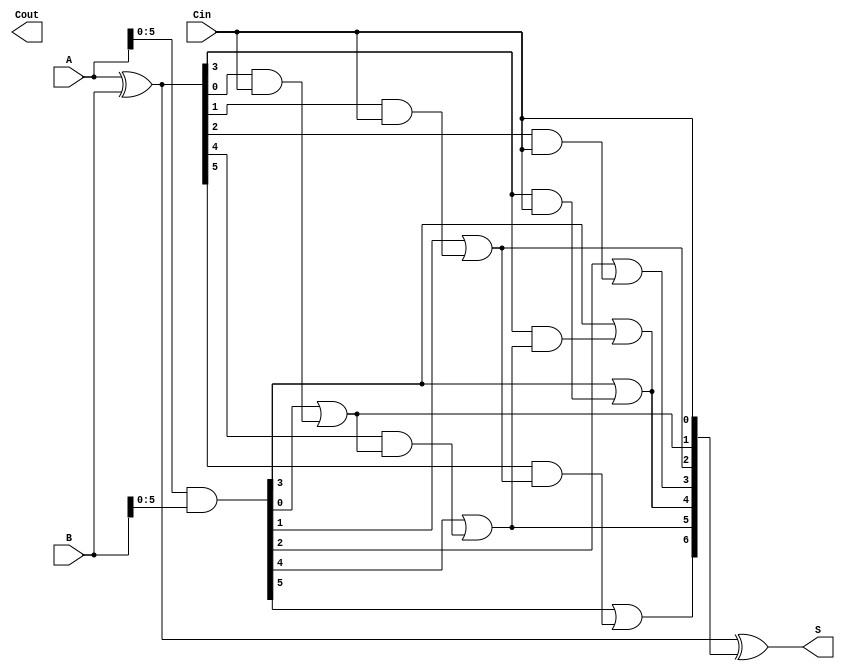
module brent_kung_adder #(parameter N = 8) (
    input  [N-1:0] A,      // First operand
    input  [N-1:0] B,      // Second operand
    input         Cin,      // Carry-in
    output [N-1:0] S,      // Sum output
    output        Cout      // Carry-out
);

    // Generate and propagate signals
    wire [N-1:0] G; // Generate
    wire [N-1:0] P; // Propagate
    wire [N:0] C;    // Carry bits

    // Generate and propagate calculations
    assign G = A & B;        // Generate
    assign P = A ^ B;        // Propagate

    // Carry calculation using Brent-Kung structure
    assign C[0] = Cin; // Initial carry-in

    // Stage 1
    genvar i;
    generate
        for (i = 0; i < N/2; i = i + 1) begin : stage1
            assign C[i + 1] = G[i] | (P[i] & C[0]);
        end
    endgenerate

    // Stage 2
    generate
        for (i = 0; i < N/4; i = i + 1) begin : stage2
            assign C[i + 1 + N/2] = G[i + N/2] | (P[i + N/2] & C[i + 1]);
        end
    endgenerate

    // Stage 3
    generate
        for (i = 0; i < N/8; i = i + 1) begin : stage3
            assign C[i + 1 + 3*N/8] = G[i + 3*N/8] | (P[i + 3*N/8] & C[i + 1 + N/2]);
        end
    endgenerate

    // Final carry-out
    assign Cout = C[N];

    // Sum calculation
    assign S = P ^ C[N-1:0]; // Sum bits

endmodule